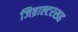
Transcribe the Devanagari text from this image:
जिब्राल्टरसह